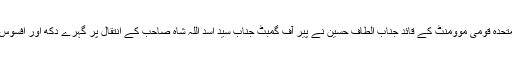
20دسمبر 2012متحدہ قومی موومنٹ کے قائد جناب الطاف حسین نے پیر آف گمبٹ جناب سید اسد اللہ شاہ صاحب کے انتقال پر گہرے دکھ اور افسوس کا اظہار کیا ہے ۔